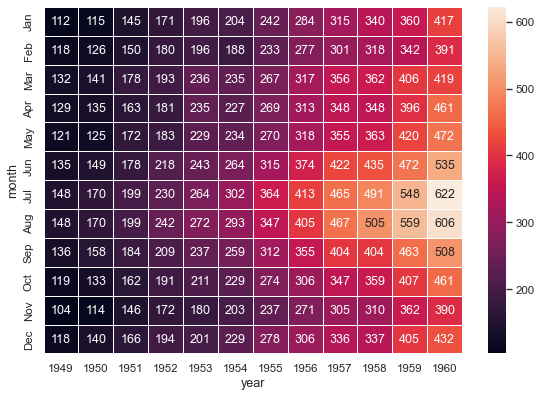
python, seaborn, heatmap